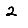
Digit: 2